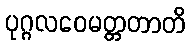
ပုဂ္ဂလဝေမတ္တတာတိ